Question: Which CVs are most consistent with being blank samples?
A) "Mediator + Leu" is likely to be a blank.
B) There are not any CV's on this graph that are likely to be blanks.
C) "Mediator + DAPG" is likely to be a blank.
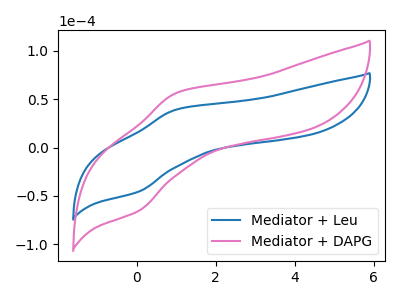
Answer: <think>The blue curve "Mediator + Leu" has an anodic peak at (1.00V, 39.35uA) and a cathodic peak at (0.05V, -45.40uA). The pink curve "Mediator + DAPG" has an anodic peak at (1.00V, 56.55uA) and a cathodic peak at (0.05V, -65.20uA).</think>
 <answer>B) There are not any CV's on this graph that are likely to be blanks.</answer>
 <eval>B</eval>